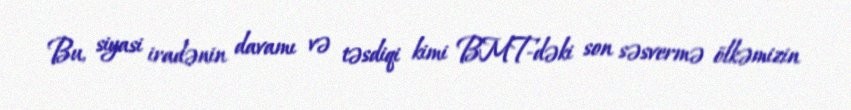
Bu, siyasi iradənin davamı və təsdiqi kimi BMT-dəki son səsvermə ölkəmizin